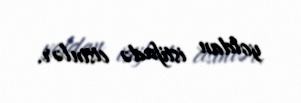
yoldan istifadə etsinlər.